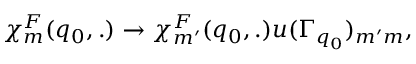
\chi _ { m } ^ { F } ( q _ { 0 } , . ) \rightarrow \chi _ { m ^ { \prime } } ^ { F } ( q _ { 0 } , . ) u ( \Gamma _ { q _ { 0 } } ) _ { m ^ { \prime } m } ,